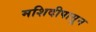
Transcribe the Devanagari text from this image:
मशिदीपासून